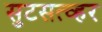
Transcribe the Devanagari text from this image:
सुटसत्व्हर